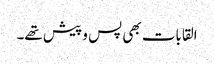
القابات بھی پس و پیش تھے۔